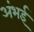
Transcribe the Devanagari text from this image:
अंभई